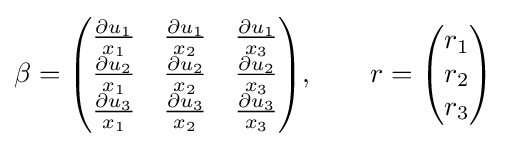
\beta ={\begin{pmatrix}{\partial u_{1} \over x_{1}}&{\partial u_{1} \over x_{2}}&{\partial u_{1} \over x_{3}}\\{\partial u_{2} \over x_{1}}&{\partial u_{2} \over x_{2}}&{\partial u_{2} \over x_{3}}\\{\partial u_{3} \over x_{1}}&{\partial u_{3} \over x_{2}}&{\partial u_{3} \over x_{3}}\end{pmatrix}},\qquad r={\begin{pmatrix}{r_{1}}\\{r_{2}}\\{r_{3}}\\\end{pmatrix}}